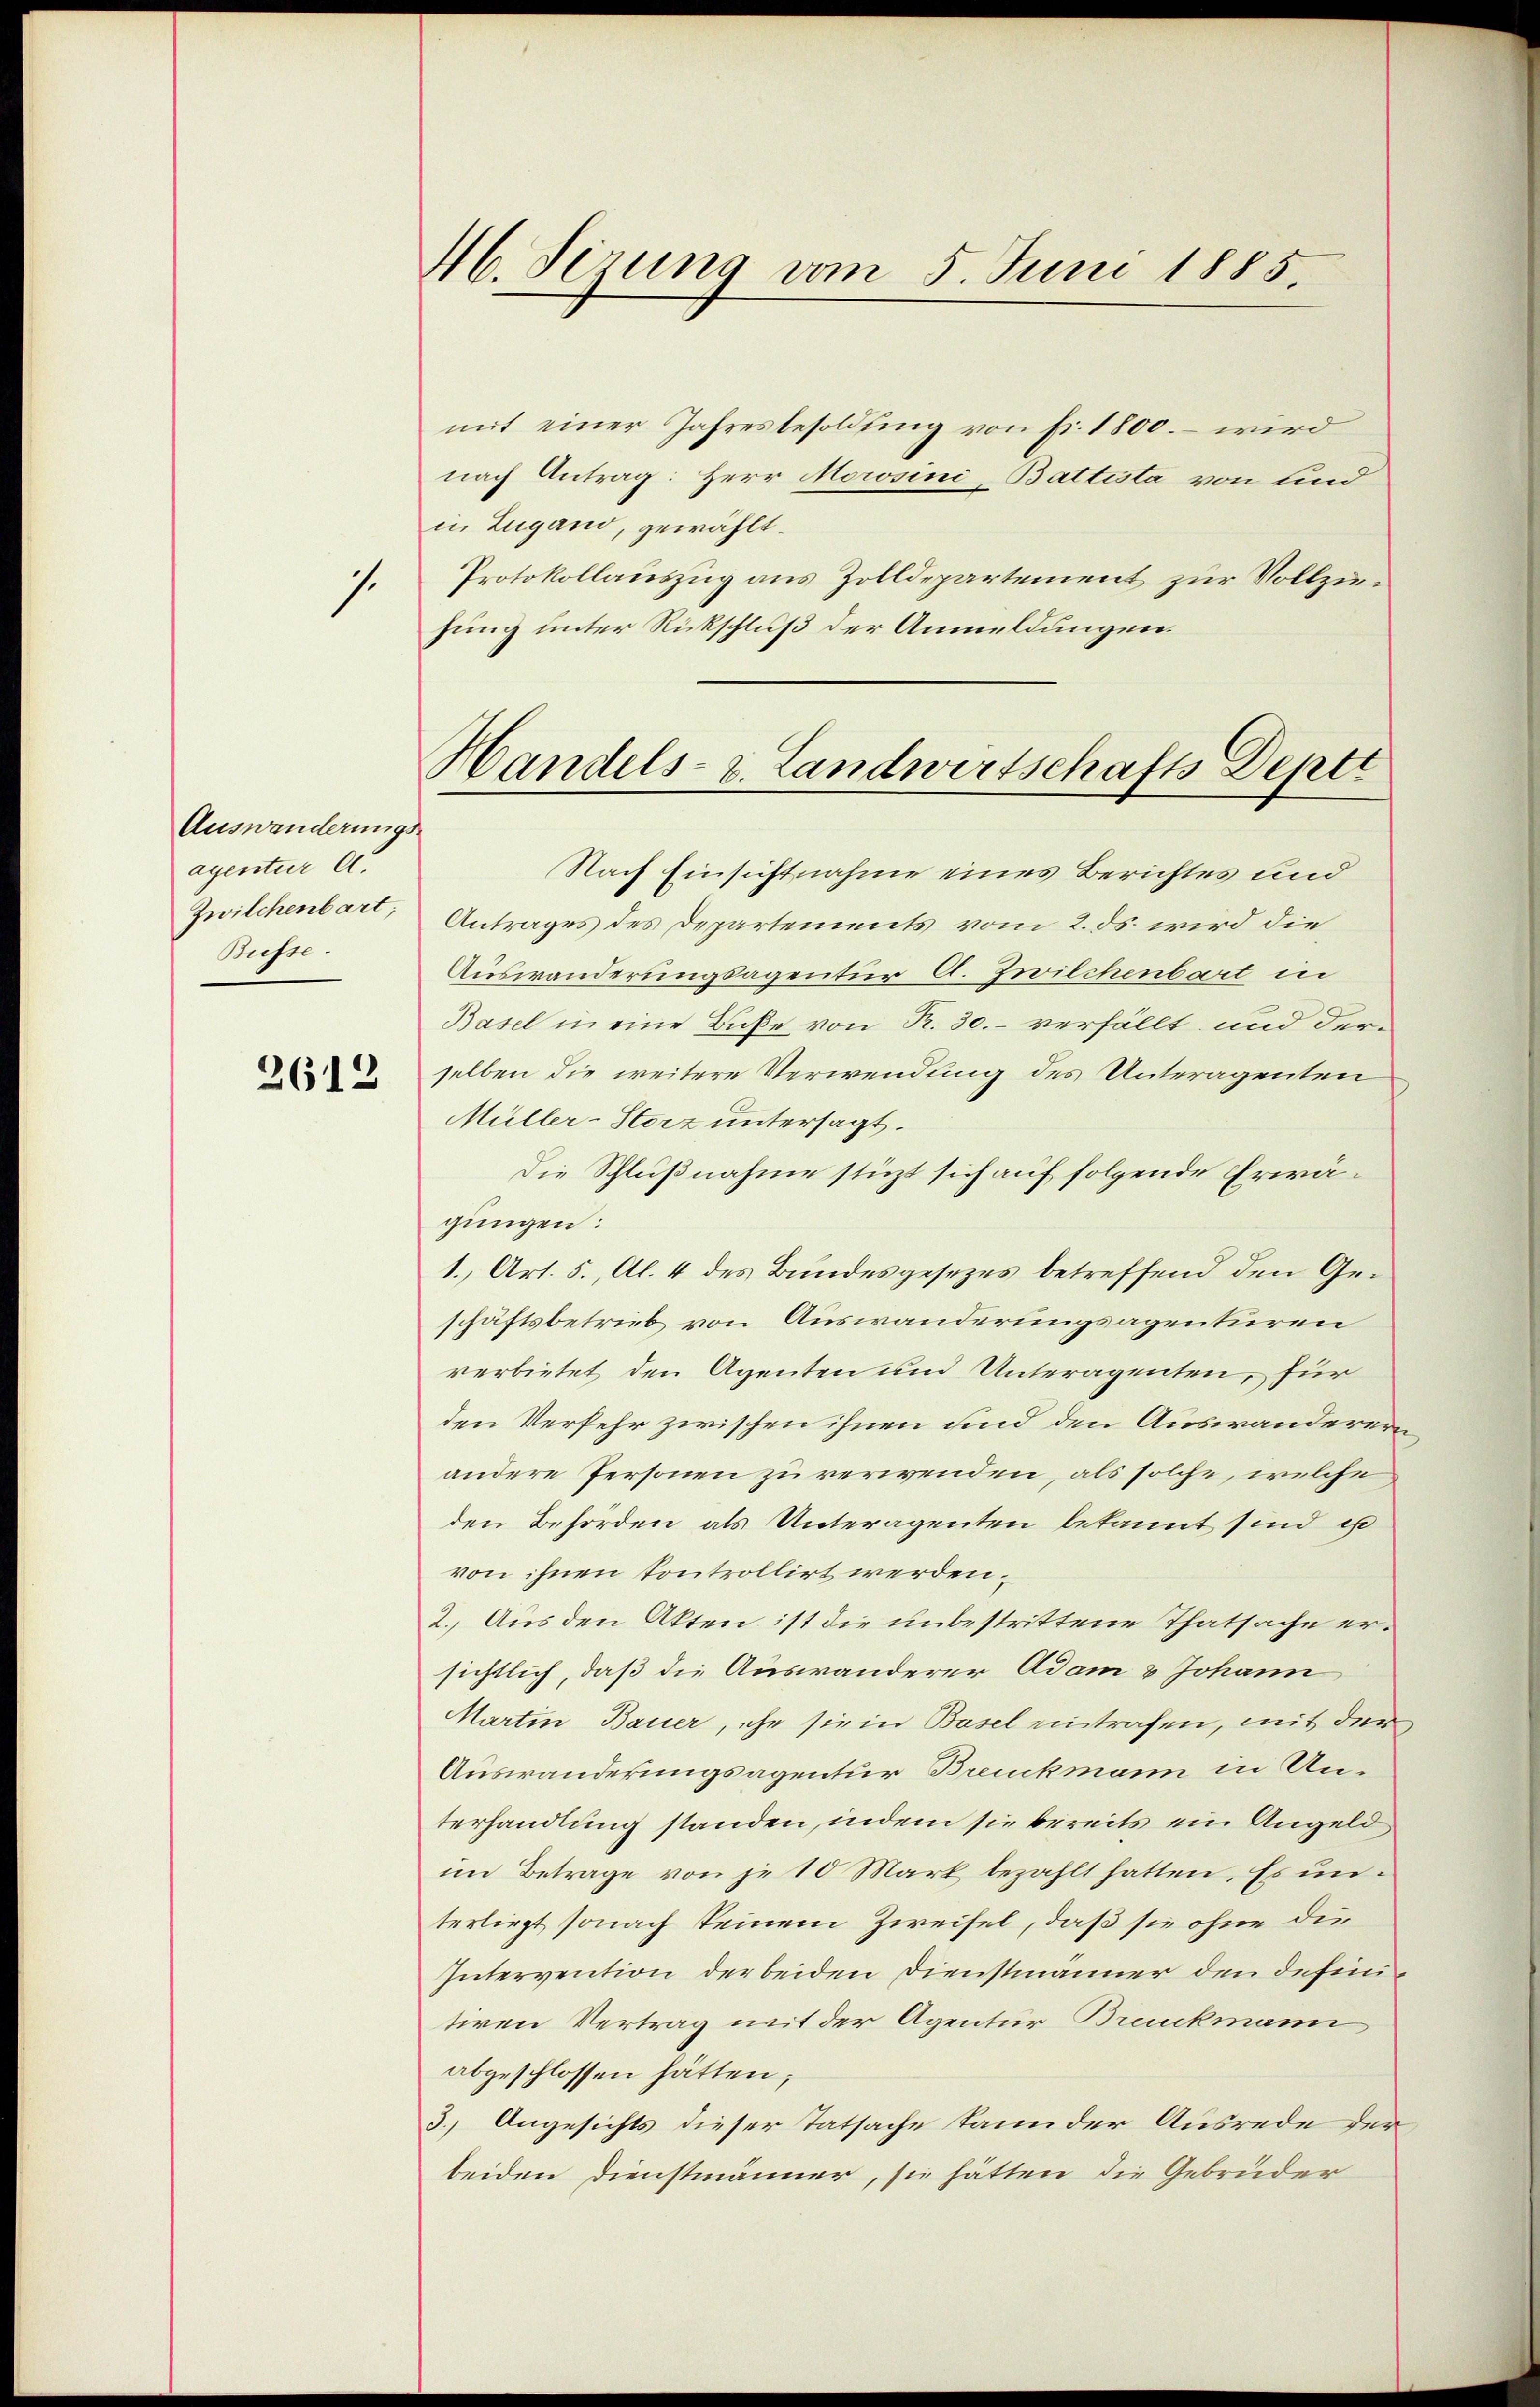
1.

Auswanderungs
agentier C.
Zwilchenbart
Busse.

2612

M. Serung vom 5. Juni 1885

mit einer Jahresbesoldung von fr. 1800. – wird
nach Antrag: Herr Morsini, Battista von sind
in Zugand, gewählt.
Protokollauszug aus Zolldepartement zur Vollziehung unter Rückschluß der Anmeldungen.

Handels- u. Landwirtschafts Depti

Nach Einsichtnahme eines Berichtes und
Antrages des Departements vom 2. ds. wird die
Auswanderungsagentur A. Zwilchenbart in
Basel in eine Buße von R. 30. verfällt, und derselben die weitere Verwendung des Unteragenten
Müller-Storz untersagt.
Die Schlußnahme stüzt sich auf folgende Erwägungen:
1., Art. 5., Al. 4 des Bundesgesezes betreffend den Geschäftsbetrieb von Auswanderungsagenturen
verbietet den Agenten und Unteragenten, für
den Verfehr zwischen ihnen und den Auswanderern
andere Personen zu verwenden, als solche, welche
den Behörden als Unteragenten bekannt sind es
von ihnen kontrollirt werden,
2. Aus den Akten ist die unbestrittene Thatsache ersichtlich, daß die Auswanderer Adam & Johann
Martin Bauer, ehe sie in Basel eintrafen, mit der
Auswanderungsagentur Breuckmann in Unterhandlung standen, indem sie bereits ein Angeld
im Betrage von je 10 Mark bezahlt hatten, Es unterliegt sonach keinem Zweifel, daß sie ohne die
Intervention der beiden Dienstmänner den definitiren Vertrag mit der Agentur Bruukmann
abgeschlossen hätten;
3.) Angesichts dieser Tatsache kann der Ausrede der
beiden Dienstmänner, sie hätten die Gebrüder